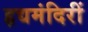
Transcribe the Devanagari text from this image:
हृद्यमंदिरीं